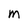
Character: M